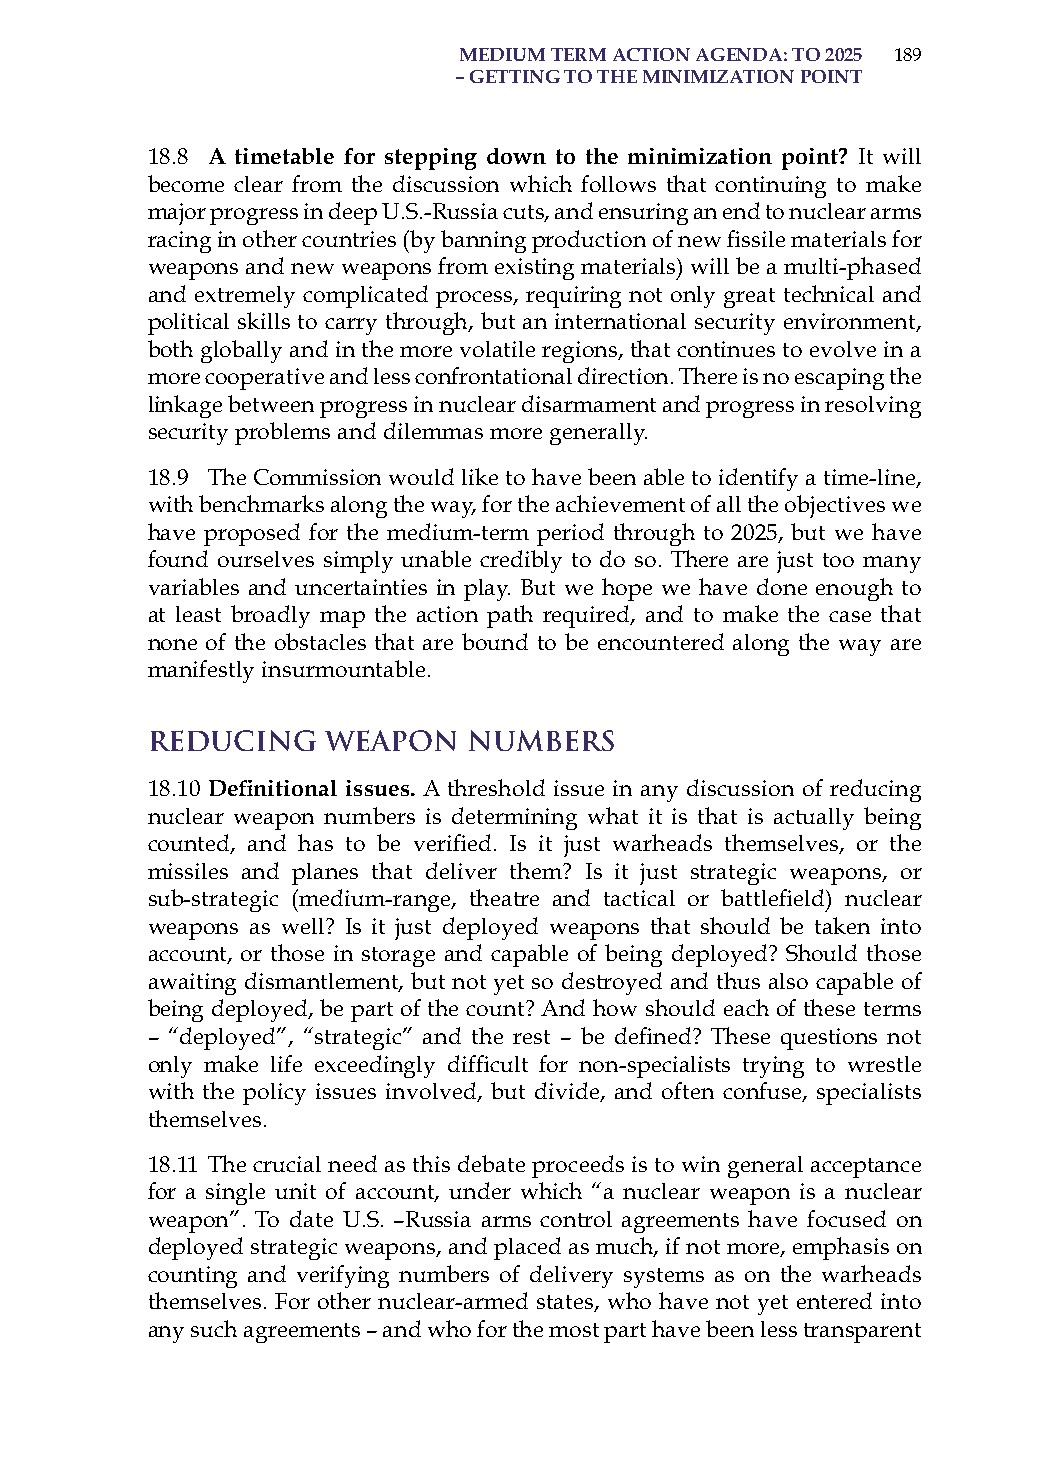
medium term action aGenda: to 2025 189
 – GettinG to the minimization Point
 18.8 a timetable for stepping down to the minimization point? it will
 become clear from the discussion which follows that continuing to make
 major progress in deep U.s.-russia cuts, and ensuring an end to nuclear arms
 racing in other countries (by banning production of new fissile materials for
 weapons and new weapons from existing materials) will be a multi-phased
 and extremely complicated process, requiring not only great technical and
 political skills to carry through, but an international security environment,
 both globally and in the more volatile regions, that continues to evolve in a
 more cooperative and less confrontational direction. There is no escaping the
 linkage between progress in nuclear disarmament and progress in resolving
 security problems and dilemmas more generally.
 18.9 The Commission would like to have been able to identify a time-line,
 with benchmarks along the way, for the achievement of all the objectives we
 have proposed for the medium-term period through to 2025, but we have
 found ourselves simply unable credibly to do so. There are just too many
 variables and uncertainties in play. But we hope we have done enough to
 at least broadly map the action path required, and to make the case that
 none of the obstacles that are bound to be encountered along the way are
 manifestly insurmountable.
 Reducing    Weapon   Numbers
 18.10 Definitional issues. a threshold issue in any discussion of reducing
 nuclear weapon numbers is determining what it is that is actually being
 counted, and has to be verified. Is it just warheads themselves, or the
 missiles and planes that deliver them? is it just strategic weapons, or
 sub-strategic (medium-range, theatre and tactical or battlefield) nuclear
 weapons as well? is it just deployed weapons that should be taken into
 account, or those in storage and capable of being deployed? should those
 awaiting dismantlement, but not yet so destroyed and thus also capable of
 being deployed, be part of the count? and how should each of these terms
 – “deployed”, “strategic” and the rest – be defined? These questions not
 only make life exceedingly difficult for non-specialists trying to wrestle
 with the policy issues involved, but divide, and often confuse, specialists
 themselves.
 18.11 The crucial need as this debate proceeds is to win general acceptance
 for a single unit of account, under which “a nuclear weapon is a nuclear
 weapon”. To date U.s. –russia arms control agreements have focused on
 deployed strategic weapons, and placed as much, if not more, emphasis on
 counting and verifying numbers of delivery systems as on the warheads
 themselves. For other nuclear-armed states, who have not yet entered into
 any such agreements – and who for the most part have been less transparent